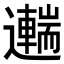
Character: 𨘼